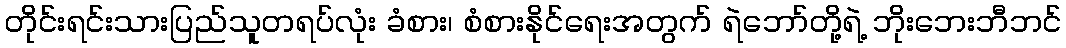
တိုင်းရင်းသားပြည်သူတရပ်လုံး ခံစား၊ စံစားနိုင်ရေးအတွက် ရဲဘော်တို့ရဲ့ ဘိုးဘေးဘီဘင်